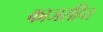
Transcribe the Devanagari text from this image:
काजरहित